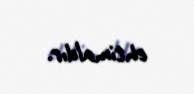
ehtimaldır.